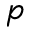
p